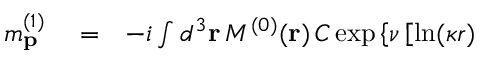
\begin{array} { r l r } { m _ { \mathbf { p } } ^ { ( 1 ) } } & { { } = } & { - i \int d ^ { 3 } \mathbf { r } \, { \cal M } ^ { ( 0 ) } ( \mathbf { r } ) \, { \cal C } \exp \left\{ \nu \left[ \ln ( \kappa r ) \right. \right. } \end{array}